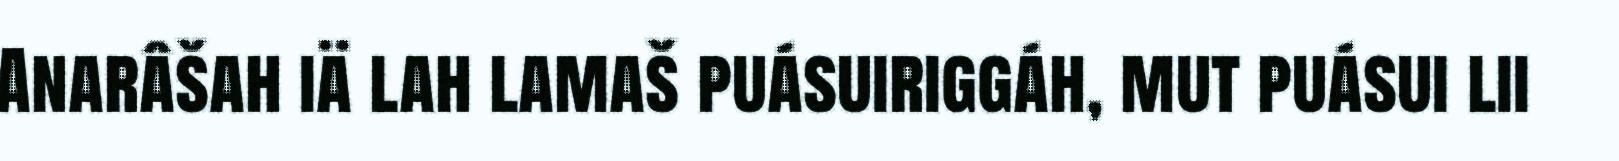
Anarâšah iä lah lamaš puásuiriggáh, mut puásui lii